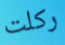
ركلت